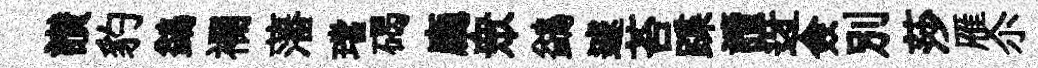
讃豹鷁襴藩璫碣廳衆鷁遽苔蹀讀迓僉别莎雁尒